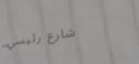
شارع رئيسي